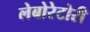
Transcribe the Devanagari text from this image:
लेबोरेटोरी